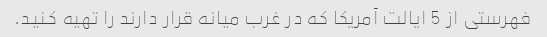
فهرستی از 5 ایالت آمریکا که در غرب میانه قرار دارند را تهیه کنید.